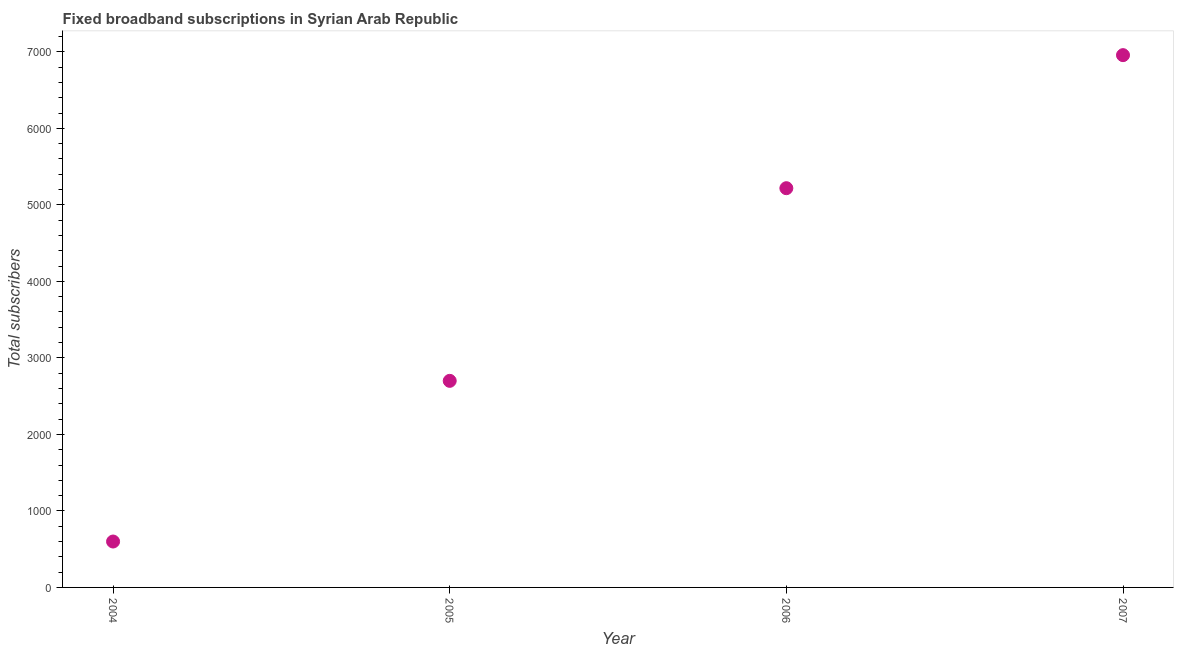
| Year | Fixed broadband subscriptions |
 | --- | --- |
 | 2004 | 600 |
 | 2005 | 2.7e+03 |
 | 2006 | 5.22e+03 |
 | 2007 | 6.96e+03 |